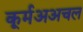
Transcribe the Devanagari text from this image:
कूर्मअअचल